Mental hospitals Bombay report 1921-28 - 1921-1928
Year: 1921
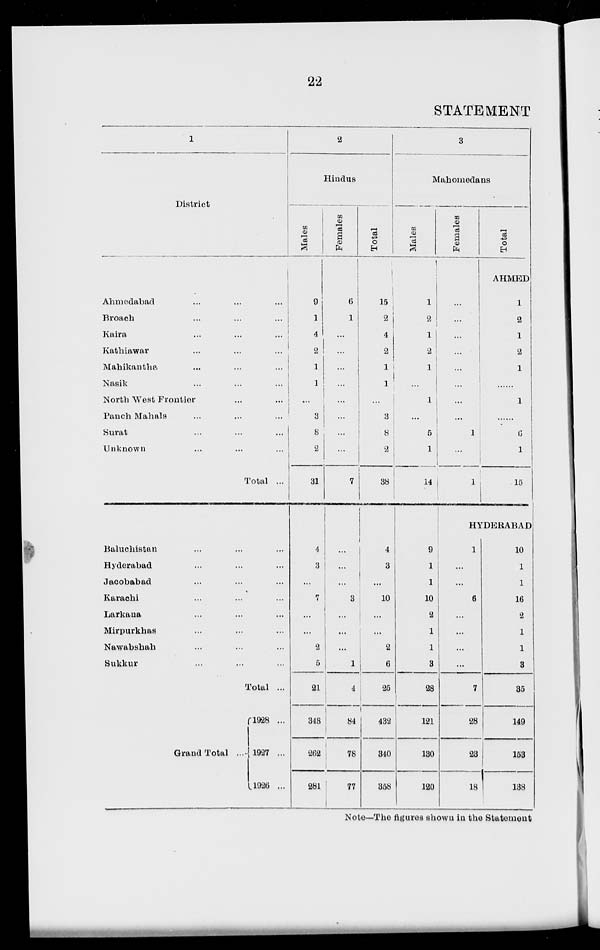
22
STATEMENT
1
District
Ahmedabad...
...
...
Broach
...
...
...
Kaira
...
...
...
Kathiawar ... ... ...
Mahikantha...
...
...
Nasik
...
...
...
North West Frontier ... ...
Panch Mahals... ... ...
Surat... ... ...
Unknown... ... ...
Total ...
Baluchistan... ... ...
Hyderabad... ... ...
Jacobabad... ... ...
Karachi... ... ...
Larkana... ... ...
Mirpurkhas... ... ...
Nawabshah... ... ...
Sukkur... ... ...
Total ...
Grand Total ...
l928 ...
1927 ...
1926 ...
2
Hindus
Males
9
1
4
2
1
1
...
3
8
2
31
4
3
...
7
...
...
2
5
21
348
262
281
Females
6
1
...
...
...
...
...
...
...
...
7
...
...
...
3
...
...
...
1
4
84
78
77
Total
15
2
4
2
1
1
...
3
8
2
38
4
3
...
10
...
...
2
6
25
432
340
358
3
Mahomedans
Males
1
2
1
2
1
...
1
...
5
1
14
9
1
1
10
2
1
1
3
28
121
130
120
Females
...
...
...
...
...
...
...
...
1
...
1
Total
AHMED
1
2
1
2
1
......
1
...
6
1
15
HYDERABAD
1
...
...
6
...
...
...
...
7
28
23
18
10
1
1
16
2
1
1
3
35
149
153
138
Note—The figures shown in the Statement